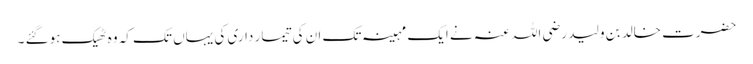
حضرت خالد بن ولید رضی اللہ عنہ نے ایک مہینہ تک ان کی تیمار داری کی یہاں تک کہ وہ ٹھیک ہوگئے ۔